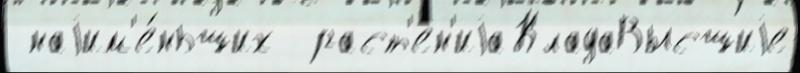
 наjим'е́ньших  раст'ен'иjаКладаВысшиjе